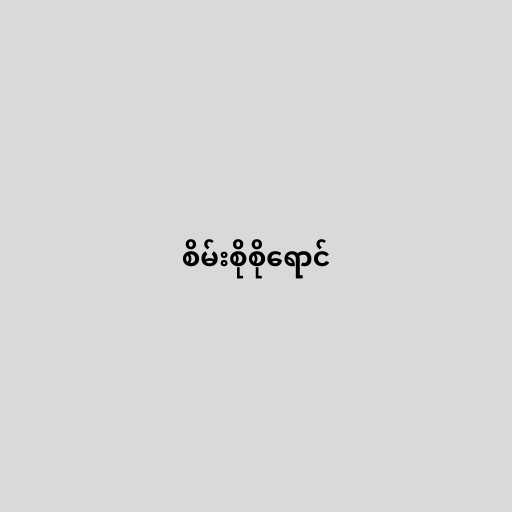
စိမ်းစိုစိုရောင်